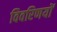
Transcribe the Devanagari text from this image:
विवरिणयों